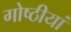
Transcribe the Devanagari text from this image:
गोष्ठीयां